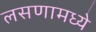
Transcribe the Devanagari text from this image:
लसणामध्ये